Indian journal of veterinary science and animal husbandry - Volume 9,
Year: 1939
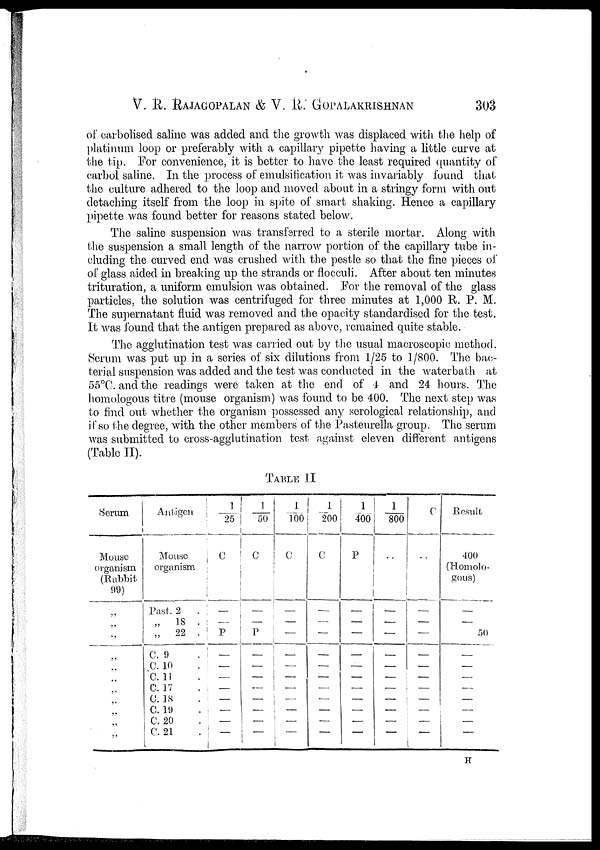
V. R. RAJAGOPALAN & V. R. GOPALAKRISHNAN 303
of carbolised saline was added and the growth was displaced with the help of
platinum loop or preferably with a capillary pipette having a little curve at
the tip. For convenience, it is better to have the least required quantity of
carbol saline. In the process of emulsification it was invariably found that
the culture adhered to the loop and moved about in a stringy form with out
detaching itself from the loop in spite of smart shaking. Hence a capillary
pipette was found better for reasons stated below.
The saline suspension was transferred to a sterile mortar. Along with
the suspension a small length of the narrow portion of the capillary tube in-
cluding the curved end was crushed with the pestle so that the fine pieces of
of glass aided in breaking up the strands or flocculi. After about ten minutes
trituration, a uniform emulsion was obtained. For the removal of the glass
particles, the solution was centrifuged for three minutes at 1,000 R. P. M.
The supernatant fluid was removed and the opacity standardised for the test.
It was found that the antigen prepared as above, remained quite stable.
The agglutination test was carried out by the usual macroscopic method.
Serum was put up in a series of six dilutions from 1/25 to 1/800. The bac-
terial suspension was added and the test was conducted in the waterbath at
55°C. and the readings were taken at the end of 4 and 24 hours. The
homologous titre (mouse organism) was found to be 400. The next step was
to find out whether the organism possessed any serological relationship, and
if so the degree, with the other members of the Pasteurella group. The serum
was submitted to cross-agglutination test against eleven different antigens
(Table II).
TABLE II
Serum
Mouse
organism
(Rabbit
99)
„
„
„
„
„
„
„
„
„
„
„
Antigen
Mouse
organism
Past. 2 .
„
18 .
„ 22 .
C. 9 .
C. 10 .
C. 11 .
C. 17 .
C. 18 .
C. 19 .
C. 20 .
C. 21 .
1/25
C
—
—
P
—
—
—
—
—
—
—
—
1/ 50
C
—
—
P
—
—
—
—
—
—
—
—
1/100
C
—
—
—
—
—
—
—
—
—
—
—
1/200
C
—
—
—
—
—
—
—
—
—
—
—
1/400
P
—
—
—
—
—
—
—
—
—
—
—
1/800
. .
—
—
—
—
—
—
—
—
—
—
—
C
. .
—
—
—
—
—
—
—
—
—
—
—
Result
400
(Homolo-
gous)
—
—
50
—
—
—
—
—
—
—
—
H